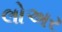
લોઅર